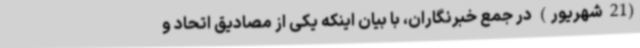
(21 شهریور) در جمع خبرنگاران، با بیان اینکه یکی از مصادیق اتحاد و